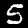
Label: 5